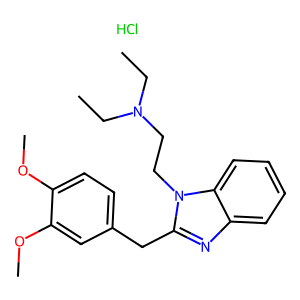
SMILES: CCN(CC)CCn1c(Cc2ccc(OC)c(OC)c2)nc2ccccc21.Cl
Inhibits HIV replication: No